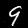
Label: 9